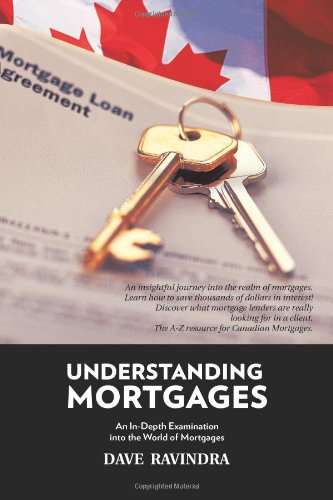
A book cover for Understanding Mortgages: An In-Depth Examination Into the World of Mortgages; Dave Ravindra; Business & Money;